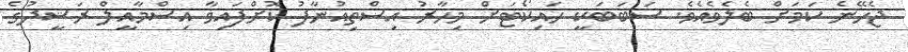
ޖެހޭނެ ކަމަށް ބެލެވެއެވެ. ސަބަބަކީ ހައިކޯޓަށް މިހާރު އިސްތިއުނާފު ކޮށްފައިވާ އިސްމާއީލް ރަޝީދުގެ